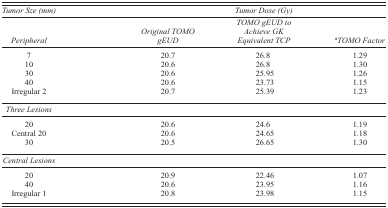
<table><thead><tr><td><b><i>Tumor Sze (mm)</i></b></td><td></td><td><b><i>Tumor Dose (Gy)</i></b></td><td></td></tr><tr><td><b><i>Peripheral</i></b></td><td><b><i>Original TOMO gEUD</i></b></td><td><b><i>TOMO gEUD to Achieve GK Equivalent TCP</i></b></td><td><b><sup>a</sup><i>TOMO Factor</i></b></td></tr></thead><tbody><tr><td>7</td><td>20.7</td><td>26.8</td><td>1.29</td></tr><tr><td>10</td><td>20.6</td><td>26.8</td><td>1.30</td></tr><tr><td>30</td><td>20.6</td><td>25.95</td><td>1.26</td></tr><tr><td>40</td><td>20.6</td><td>23.73</td><td>1.15</td></tr><tr><td>Irregular 2</td><td>20.7</td><td>25.39</td><td>1.23</td></tr><tr><td><i>Three Lesions</i></td><td colspan="3"></td></tr><tr><td>20</td><td>20.6</td><td>24.6</td><td>1.19</td></tr><tr><td>Central 20</td><td>20.6</td><td>24.65</td><td>1.18</td></tr><tr><td>30</td><td>20.5</td><td>26.65</td><td>1.30</td></tr><tr><td><i>Central Lesions</i></td><td colspan="3"></td></tr><tr><td>20</td><td>20.9</td><td>22.46</td><td>1.07</td></tr><tr><td>40</td><td>20.6</td><td>23.95</td><td>1.16</td></tr><tr><td>Irregular 1</td><td>20.8</td><td>23.98</td><td>1.15</td></tr></tbody></table>